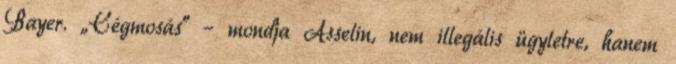
Bayer. „Cégmosás” – mondja Asselin, nem illegális ügyletre, hanem